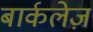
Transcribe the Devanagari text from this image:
बार्कलेज़